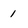
Character: 1